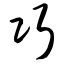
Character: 巧